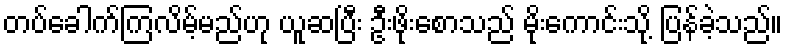
တပ်ခေါက်ကြလိမ့်မည်ဟု ယူဆပြီး ဦးဖိုးစောသည် မိုးကောင်းသို့ ပြန်ခဲ့သည်။